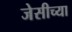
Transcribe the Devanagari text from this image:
जेसीच्या